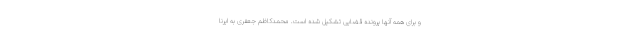
و برای همه آنها پرونده قضایی تشکیل شده است. محمدکاظم جعفری به ایرنا